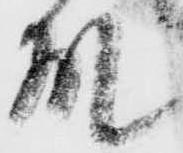
殿